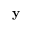
\mathbf { y }